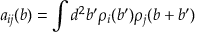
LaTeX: a _ { i j } ( b ) = \int d ^ { 2 } b ^ { \prime } \rho _ { i } ( b ^ { \prime } ) \rho _ { j } ( b + b ^ { \prime } )